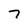
Character: 7